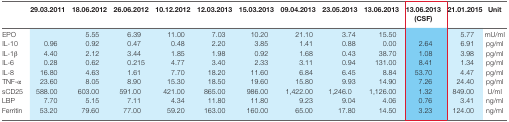
<table><thead><tr><td></td><td><b>29.03.2011</b></td><td><b>18.06.2012</b></td><td><b>26.06.2012</b></td><td><b>10.12.2012</b></td><td><b>12.03.2013</b></td><td><b>15.03.2013</b></td><td><b>09.04.2013</b></td><td><b>23.05.2013</b></td><td><b>13.06.2013</b></td><td><b>13.06.2013 (CSF)</b></td><td><b>21.01.2015</b></td><td><b>Unit</b></td></tr></thead><tbody><tr><td>EPO</td><td></td><td>5.55</td><td>6.39</td><td>11.00</td><td>7.03</td><td>10.20</td><td>21.10</td><td>3.74</td><td>15.50</td><td></td><td>5.77</td><td>mU/ml</td></tr><tr><td>IL-10</td><td>0.96</td><td>0.92</td><td>0.47</td><td>0.48</td><td>2.20</td><td>3.85</td><td>1.41</td><td>0.88</td><td>0.00</td><td>2.64</td><td>6.91</td><td>pg/ml</td></tr><tr><td>IL-1β</td><td>4.40</td><td>2.12</td><td>3.44</td><td>1.85</td><td>1.98</td><td>0.92</td><td>1.68</td><td>0.43</td><td>38.70</td><td>1.08</td><td>3.98</td><td>pg/ml</td></tr><tr><td>IL-6</td><td>0.28</td><td>0.62</td><td>0.215</td><td>4.77</td><td>3.40</td><td>2.33</td><td>3.11</td><td>0.94</td><td>131.00</td><td>8.41</td><td>1.34</td><td>pg/ml</td></tr><tr><td>IL-8</td><td>16.80</td><td>4.63</td><td>1.61</td><td>7.70</td><td>18.20</td><td>11.60</td><td>6.84</td><td>6.45</td><td>8.84</td><td>53.70</td><td>4.47</td><td>pg/ml</td></tr><tr><td>TNF-α</td><td>23.60</td><td>8.05</td><td>8.90</td><td>15.30</td><td>18.50</td><td>19.60</td><td>15.80</td><td>9.93</td><td>14.90</td><td>7.26</td><td>24.40</td><td>pg/ml</td></tr><tr><td>sCD25</td><td>588.00</td><td>603.00</td><td>591.00</td><td>421.00</td><td>865.00</td><td>986.00</td><td>1,422.00</td><td>1,246.0</td><td>1,126.00</td><td>1.32</td><td>849.00</td><td>U/ml</td></tr><tr><td>LBP</td><td>7.70</td><td>5.15</td><td>7.11</td><td>4.34</td><td>11.80</td><td>11.80</td><td>9.23</td><td>9.04</td><td>4.06</td><td>0.76</td><td>3.41</td><td>ng/ml</td></tr><tr><td>Ferritin</td><td>53.20</td><td>79.60</td><td>77.00</td><td>59.20</td><td>163.00</td><td>160.00</td><td>65.00</td><td>17.80</td><td>14.50</td><td>3.23</td><td>124.00</td><td>ng/ml</td></tr></tbody></table>